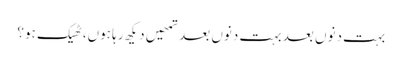
بہت دنوں بعد بہت دنوں بعد تمھیں دیکھ رہا ہوں،ٹھیک ہو؟